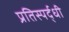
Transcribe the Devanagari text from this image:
प्रतिस्‍पर्द्धी